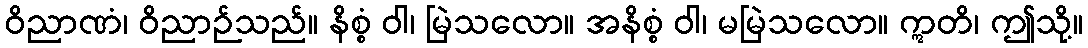
ဝိညာဏံ၊ ဝိညာဉ်သည်။ နိစ္စံ ဝါ၊ မြဲသလော။ အနိစ္စံ ဝါ၊ မမြဲသလော။ ဣတိ၊ ဤသို့။